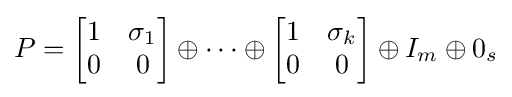
P={\begin{bmatrix}1&\sigma _{1}\\0&0\end{bmatrix}}\oplus \cdots \oplus {\begin{bmatrix}1&\sigma _{k}\\0&0\end{bmatrix}}\oplus I_{m}\oplus 0_{s}